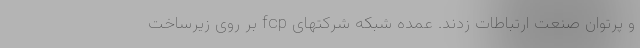
و پرتوان صنعت ارتباطات زدند. عمده شبکه شرکتهای fcp بر روی زیرساخت